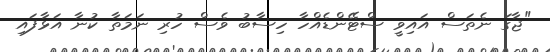
"ޖާގަ ނެތަސް އައިވީ ސްޓޭންޑެއްހާ ހިސާބު ވެސް ހުރި ނަމަތާ ކުނާ އަޅާފައި